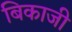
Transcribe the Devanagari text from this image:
बिकाजी